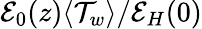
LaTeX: \mathcal{E}_{0}(z)\langle\mathcal{T}_{w}\rangle/\mathcal{E}_{H}(0)